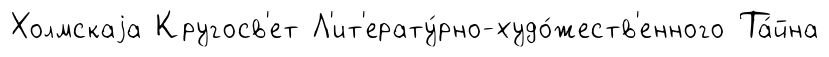
Холмскаjа Кругосв'ет Л'ит'ерату́рно-худо́жеств'енного Та́йна